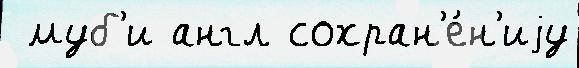
 муб'и англ сохран'е́н'иjу